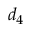
d _ { 4 }